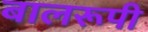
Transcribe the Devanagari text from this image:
बालरूपी